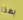
بهذا